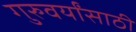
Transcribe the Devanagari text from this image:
गुरुवर्यांसाठी